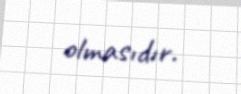
olmasıdır.